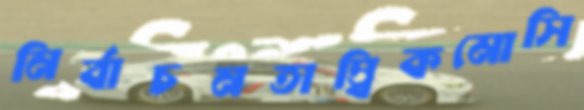
নির্বাচনতাত্ত্বিকমোসি